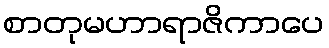
စာတုမဟာရာဇိကာပေ